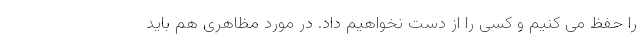
را حفظ می کنیم و کسی را از دست نخواهیم داد. در مورد مظاهری هم باید